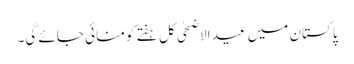
پاکستان میں عید الاضحٰی کل ہفتے کو منائی جائے گی۔